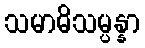
သမာဓိသမ္ပန္နာ